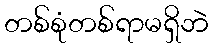
တစ်စုံတစ်ရာမရှိဘဲ